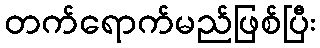
တက်ရောက်မည်ဖြစ်ပြီး